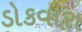
ડોકવારા